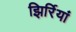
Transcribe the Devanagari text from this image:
झिर्रियां